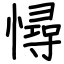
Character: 憳